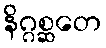
နိဂ္ဂစ္ဆတေ